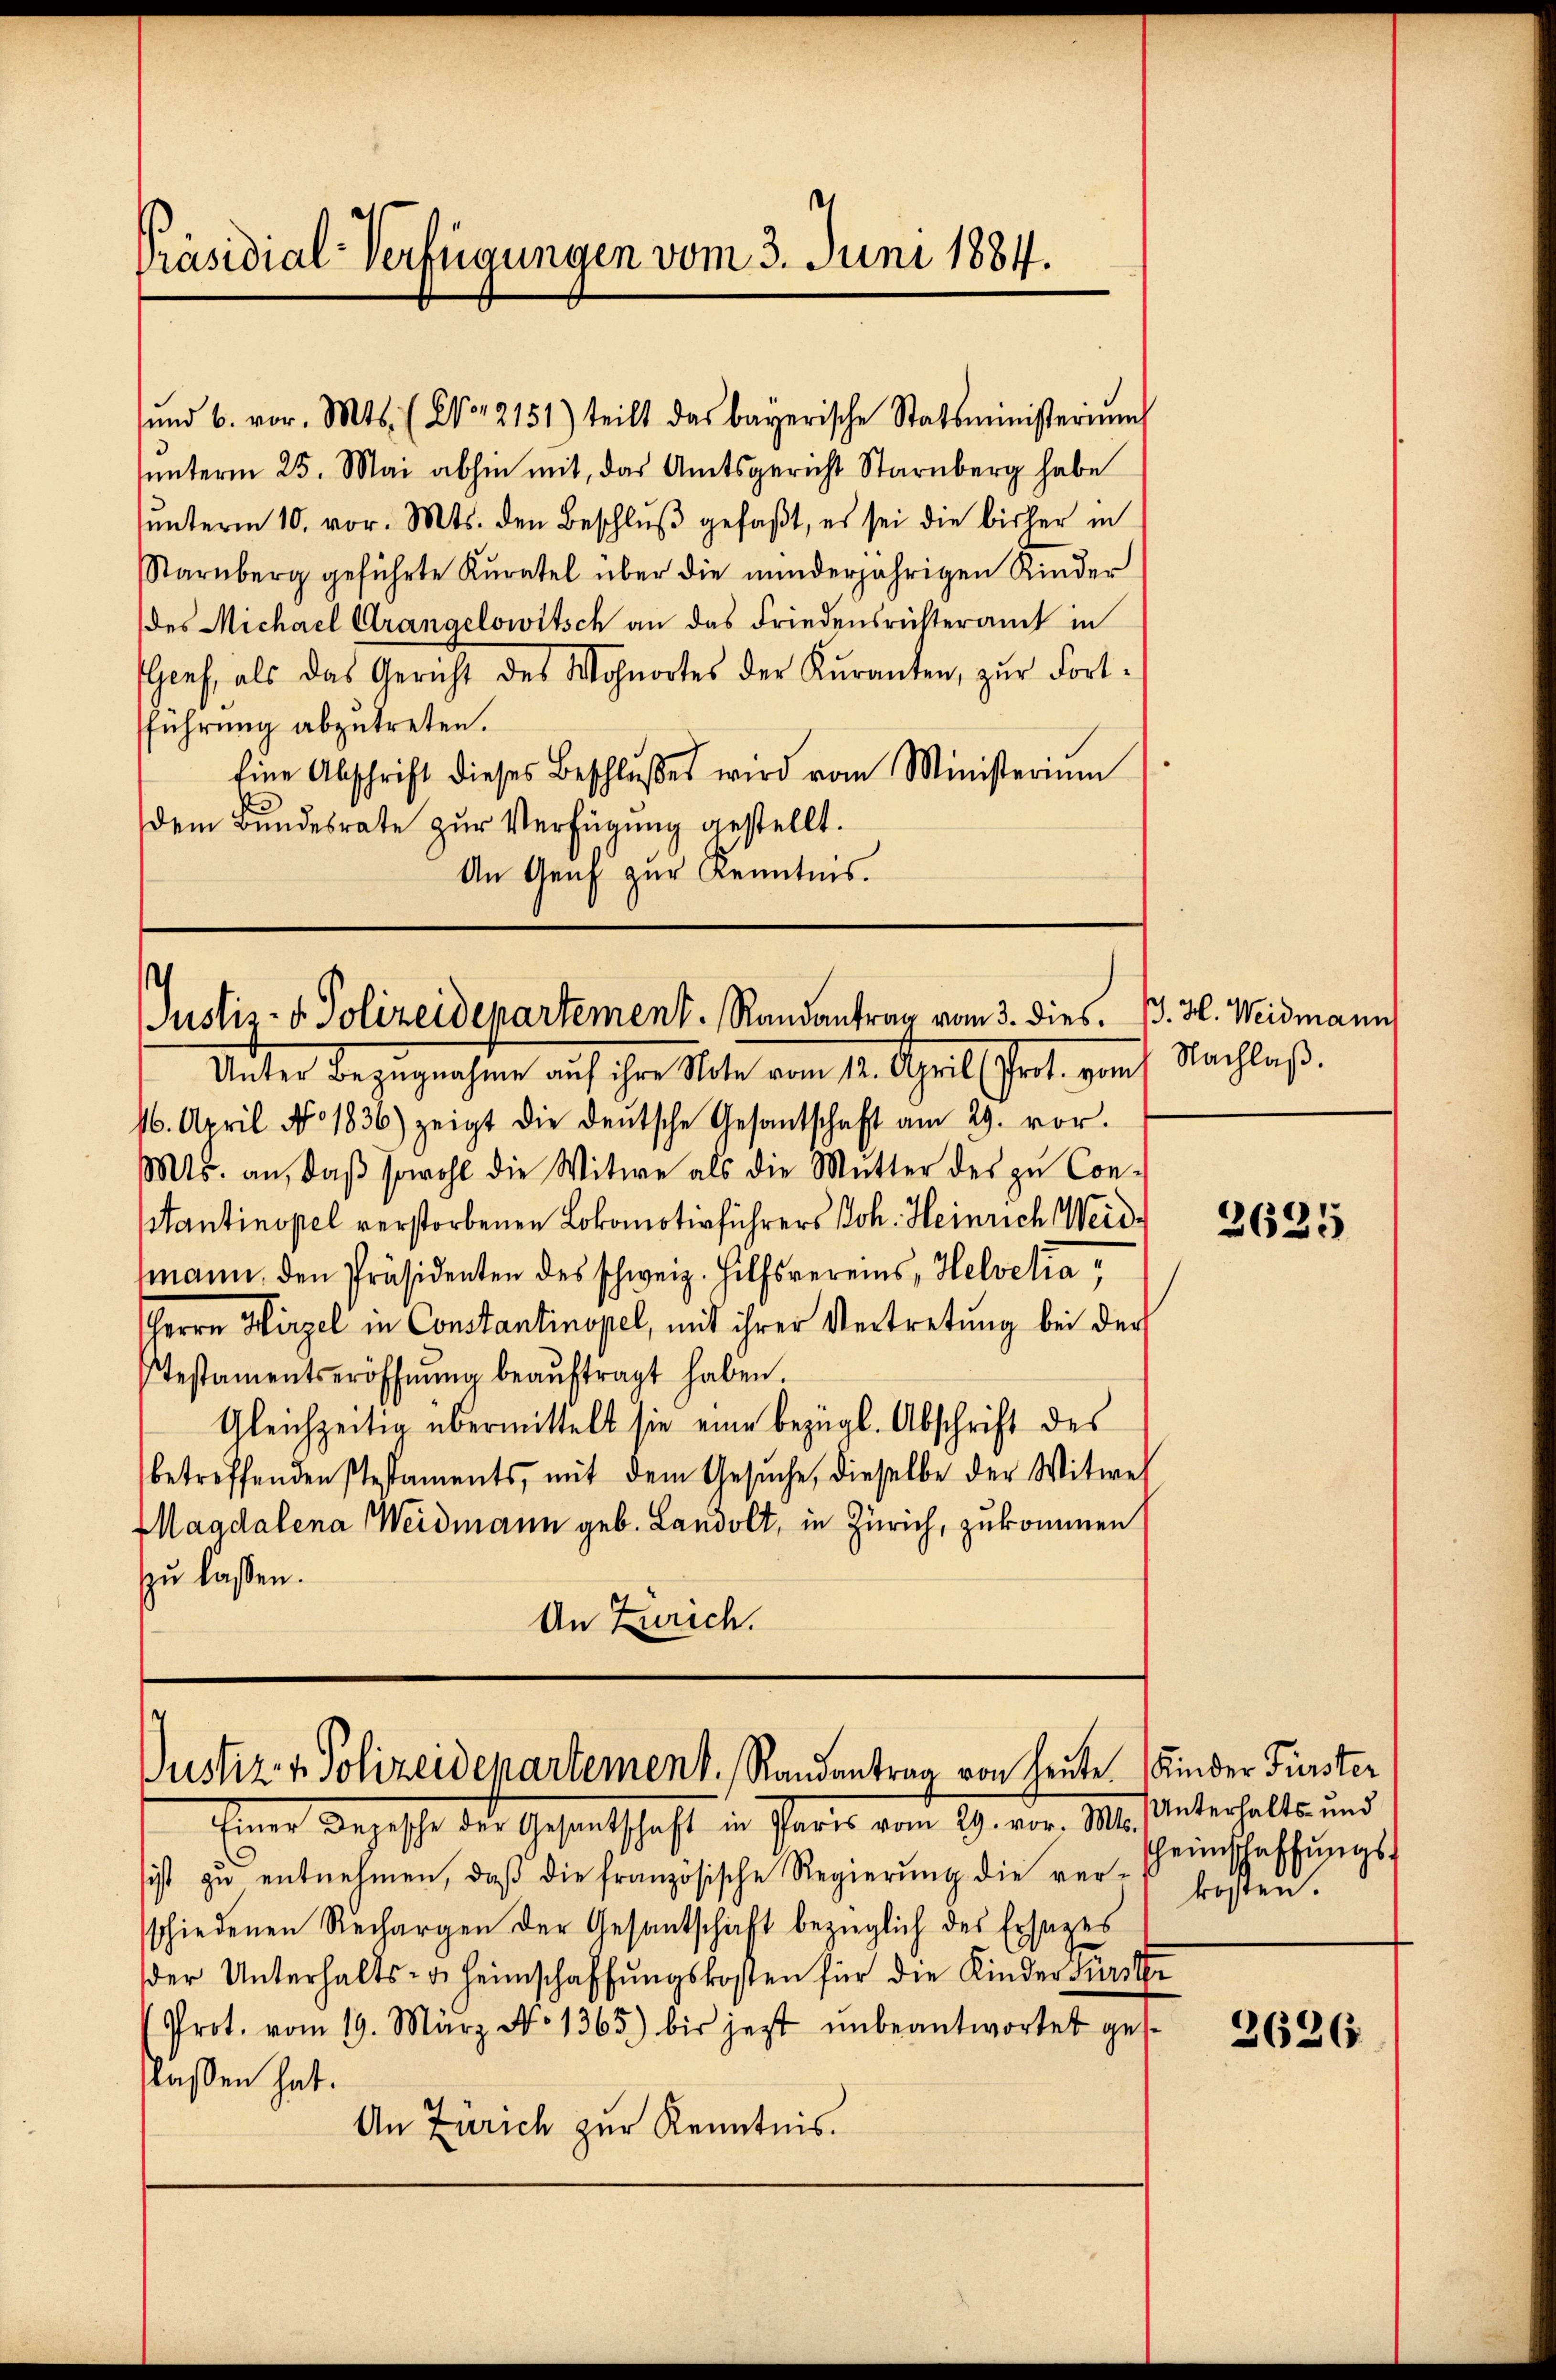
Präsidial-Verfügungen vom 3. Juni 1884.

ŭnd 6. vor. Mts. (No. 2151) teilt das bayerische Statsministerium
unterm 25. Mai abhin mit, das Amtsgericht Starnberg habe
ŭnterm 10. vor. Mts. den Beschlŭβ gefaβt, es sei die bisher in
Starnberg geführte Kuratel über die minderjährigen Kinder
des Michael Crangelowitsch an das Friedensrichteramt in
Genf, als das Gericht des Wohnortes der Kuranten, zur Fortführung abzutreten.
Eine Abschrift dieses Beschlŭβes wird vom Ministerium
dem Bundesrate zur Verfügung gestellt.
An Graf zur Kenntnis.

s
Justiz- & Polizeidepartement. Randantrag vom 3. dies. B. H. Weidmann

Justiz & Polizeidepartement. Randantrag von heute Kinder Fürster

Unter Bezugnahme auf ihre Note vom 12. April (Prot. vom 1. Nachlaβ.
16. April No 1836) zeigt die deŭtsche Gesantschaft am 29. vor.
Mts. an, daβ sowohl die Witwe als die Mutter des zu Con-
tantinopel verstorbenen Lokomotivführers Joh. Heinrich Weidmann den Präsidenten des schweiz. Hilfsvereins, Helvetia¬
Herrn Hirzel in Constantinopel, mit ihrer Vertretung bei der
Testamentseröffnŭng beaŭftragt haben.
Gleichzeitig übermittelt sie eine bezügl. Abschrift des
betreffenden Pestaments, mit dem Gesŭche, dieselbe der Witwel
Magdalena Weidmann geb. Landolt, in Zürich, zukommen
zu laßen.
An Zürich.

Einer Depesche der Gesantschaft in Paris vom 29. vor. Mts.
sist zu entnehmen, daß die französische Regierung die ver-
schiedenen Rechargen der Gesantschaft bezüglich des Ersages
der Unterhalts- u. Heimschaffŭngskosten für die Kinder Fürste
Prot. vom 19. März No 1365) bis jezt ŭnbeantwortet ges
lassen hat.
An Zürich zur Kenntnis.

2625

Unterhalts- und
Heimschaffungskosten.

3626